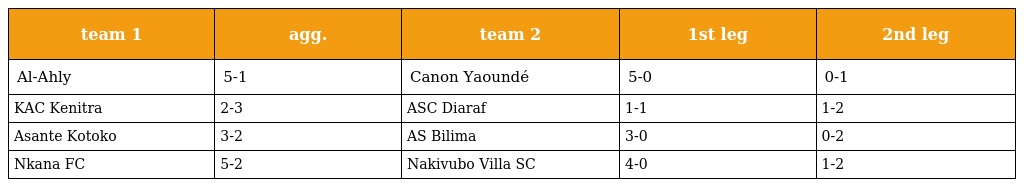
| team 1 | agg. | team 2 | 1st leg | 2nd leg |
 | --- | --- | --- | --- | --- |
 | Al-Ahly | 5-1 | Canon Yaoundé | 5-0 | 0-1 |
 | KAC Kenitra | 2-3 | ASC Diaraf | 1-1 | 1-2 |
 | Asante Kotoko | 3-2 | AS Bilima | 3-0 | 0-2 |
 | Nkana FC | 5-2 | Nakivubo Villa SC | 4-0 | 1-2 |